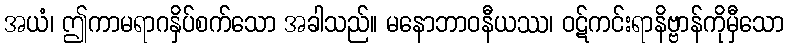
အယံ၊ ဤကာမရာဂနှိပ်စက်သော အခါသည်။ မနောဘာဝနီယဿ၊ ဝဋ်ကင်းရာနိဗ္ဗာန်ကိုမှီသော